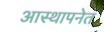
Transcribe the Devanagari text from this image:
आस्थापनेत